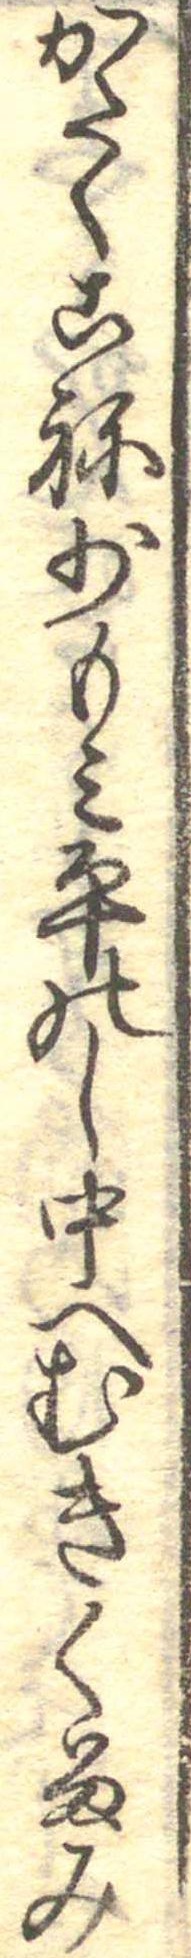
かたくこね少もみ平のし中へむきくるみ